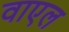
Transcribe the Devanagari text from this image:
वाएल